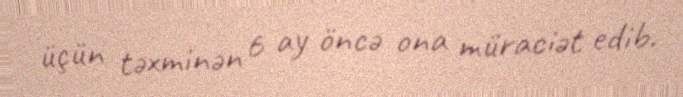
üçün təxminən 6 ay öncə ona müraciət edib.